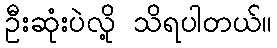
ဦးဆုံးပဲလို့ သိရပါတယ်။